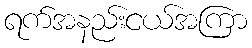
ရက်အနည်းငယ်အကြာ